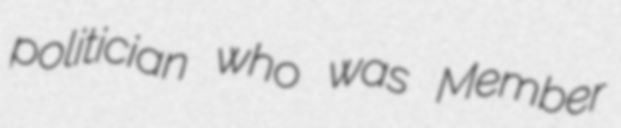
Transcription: politician who was Member